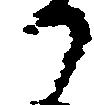
か